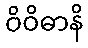
ဝိဝိဓာနိ